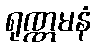
ရုဏ္ဏမနံ